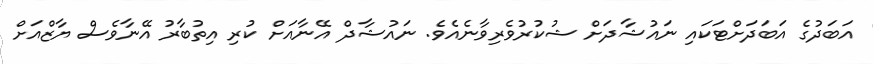
އަބަދުގެ އަބަދަށްޓަކައި ނައުޝާދަށް ޝުކުރުވެރިވާނެއެވެ. ނައުޝާދް އޭނާއަށް ކުރި އިތުބާރު އޭނާވެސް ޔާޒްއަށް